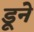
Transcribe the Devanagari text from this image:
डूने